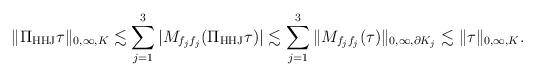
LaTeX: \begin{align*} \|\Pi_{\rm HHJ}\tau\|_{0,\infty,K}\lesssim\sum^3_{j=1}|M_{f_jf_j}(\Pi_{\rm HHJ}\tau)|\lesssim\sum^3_{j=1}\|M_{f_jf_j}(\tau)\|_{0,\infty,\partial K_j}\lesssim\|\tau\|_{0,\infty,K}. \end{align*}